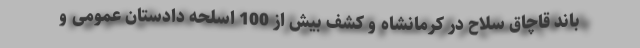
باند قاچاق سلاح در کرمانشاه و کشف بیش از 100 اسلحه دادستان عمومی و